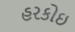
હરકોઇ